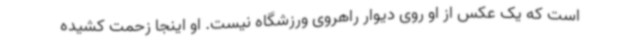
است که یک عکس از او روی دیوار راهروی ورزشگاه نیست. او اینجا زحمت کشیده